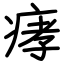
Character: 痚